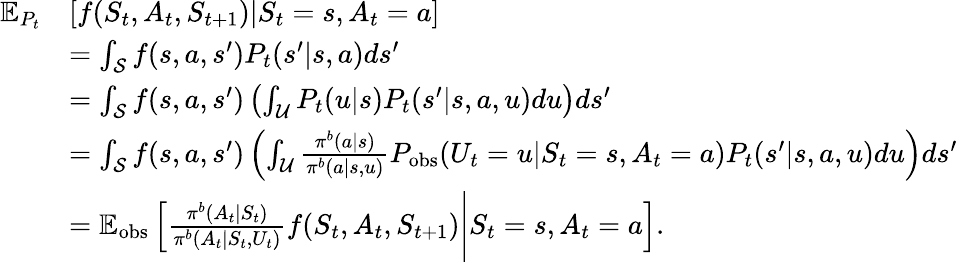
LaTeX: \begin{array}{rl}{\mathbb{E}_{P_{t}}}&{[f(S_{t},A_{t},S_{t+1})|S_{t}=s,A_{t}=a]}\\ &{=\int_{\mathcal{S}}f(s,a,s^{\prime})P_{t}(s^{\prime}|s,a)ds^{\prime}}\\ &{=\int_{\mathcal{S}}f(s,a,s^{\prime})\left(\int_{\mathcal{U}}P_{t}(u|s)P_{t}(s^{\prime}|s,a,u)du\right)ds^{\prime}}\\ &{=\int_{\mathcal{S}}f(s,a,s^{\prime})\left(\int_{\mathcal{U}}\frac{\pi^{b}(a|s)}{\pi^{b}(a|s,u)}P_{\mathrm{obs}}(U_{t}=u|S_{t}=s,A_{t}=a)P_{t}(s^{\prime}|s,a,u)du\right)ds^{\prime}}\\ &{=\mathbb{E}_{\mathrm{obs}}\left[\frac{\pi^{b}(A_{t}|S_{t})}{\pi^{b}(A_{t}|S_{t},U_{t})}f(S_{t},A_{t},S_{t+1})\Bigg|S_{t}=s,A_{t}=a\right].}\end{array}